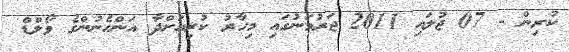
ކުރިން - 07 ޖުލައި 2011 ޖަރުމަނުގައި މިހާރު ކުރިއަށްދާ އަންހެނުންގެ ވޯލްޑް